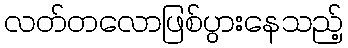
လတ်တလောဖြစ်ပွားနေသည့်